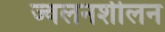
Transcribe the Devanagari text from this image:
ज्वलनशीलन